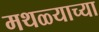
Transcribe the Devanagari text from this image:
मथळ्याच्या